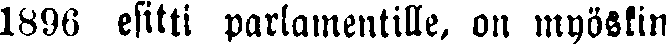
1896 esitti parlamentille, on myöskin